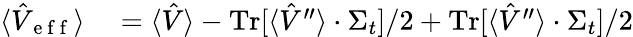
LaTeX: \begin{array}{rl}{\langle\hat{V}_{\mathrm{~e~f~f~}}\rangle}&{{}=\langle\hat{V}\rangle-\operatorname{Tr}[\langle\hat{V}^{\prime\prime}\rangle\cdot\Sigma_{t}]/2+\operatorname{Tr}[\langle\hat{V}^{\prime\prime}\rangle\cdot\Sigma_{t}]/2}\end{array}